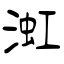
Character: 渱